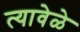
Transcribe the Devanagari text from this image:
त्यावेळे